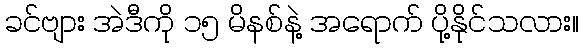
ခင်ဗျား အဲဒီကို ၁၅ မိနစ်နဲ့ အရောက် ပို့နိုင်သလား။